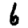
Digit: 6